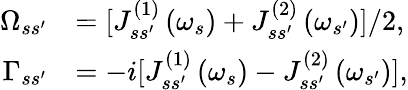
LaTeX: \begin{array}{rl}{\Omega_{ss^{\prime}}}&{=[J_{ss^{\prime}}^{\left(1\right)}\left(\omega_{s}\right)+J_{ss^{\prime}}^{\left(2\right)}\left(\omega_{s^{\prime}}\right)]/2,}\\ {\Gamma_{ss^{\prime}}}&{=-i[J_{ss^{\prime}}^{\left(1\right)}\left(\omega_{s}\right)-J_{ss^{\prime}}^{\left(2\right)}\left(\omega_{s^{\prime}}\right)],}\end{array}